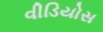
વીડિયોસ